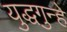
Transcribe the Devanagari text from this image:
युद्धगुन्हे